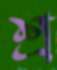
শ্র